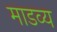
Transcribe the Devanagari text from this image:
माडव्य